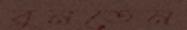
বুনতেন